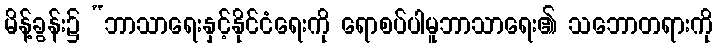
မိန့်ခွန်း၌ “ဘာသာရေးနှင့်နိုင်ငံရေးကို ရောစပ်ပါမူဘာသာရေး၏ သဘောတရားကို